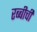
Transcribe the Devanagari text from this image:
रब्बीची